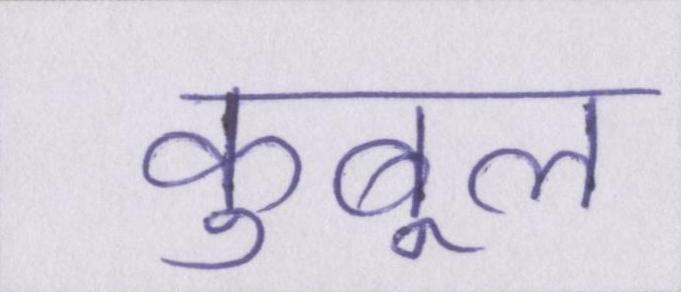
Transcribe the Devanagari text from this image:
कुबूल